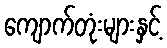
ကျောက်တုံးများနှင့်